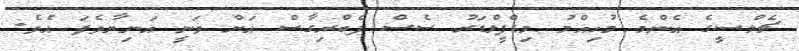
ޗެލްސީގެ އެންމެ މުހިއްމު މިޑްފީލްޑަރު ސެސް ފެބްރިގާސް އަށް ވަނީ އަނިޔާވެފަ އެވެ.